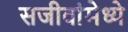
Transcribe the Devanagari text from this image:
सजीवांमेध्ये